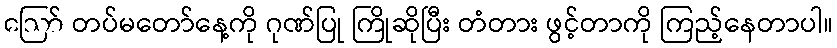
ဪ တပ်မတော်နေ့ကို ဂုဏ်ပြု ကြိုဆိုပြီး တံတား ဖွင့်တာကို ကြည့်နေတာပါ။